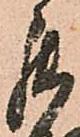
罷